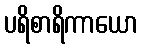
ပရိစာရိကာယော